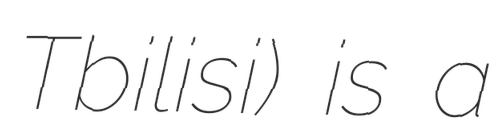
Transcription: Tbilisi) is a